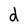
Character: d